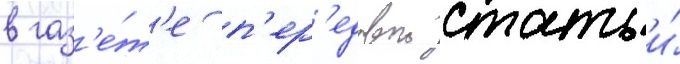
в газ'е́т'е п'ер'едовои статьи́